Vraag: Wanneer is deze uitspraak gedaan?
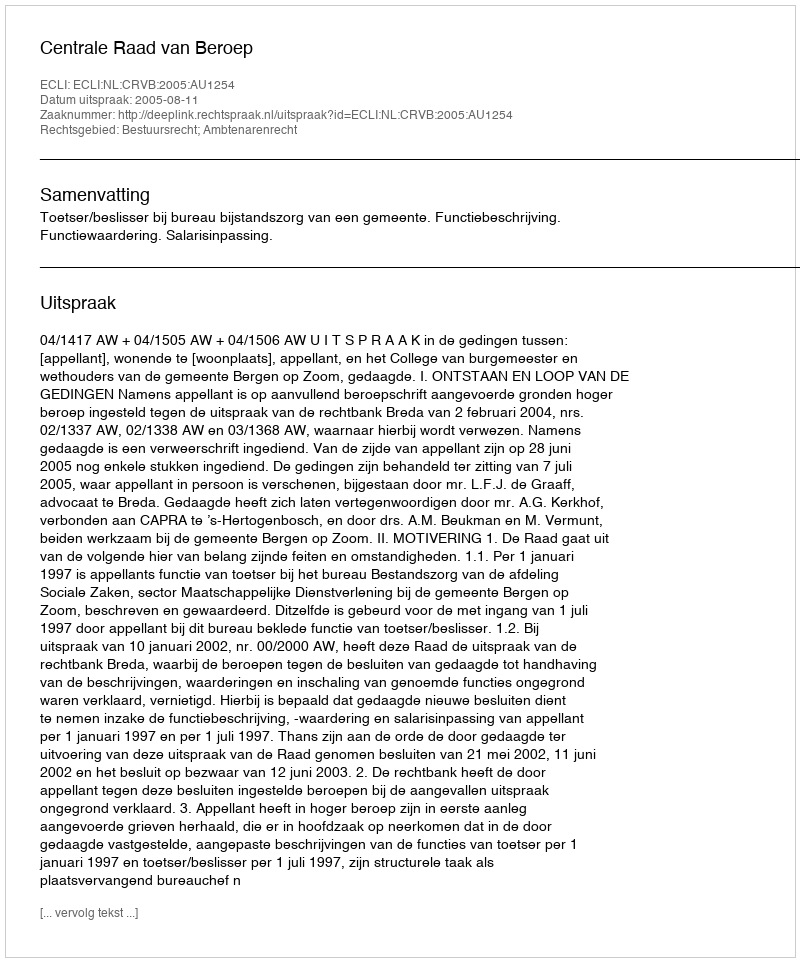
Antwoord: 2005-08-11